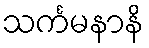
သင်္ကမနာနိ